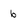
Character: b